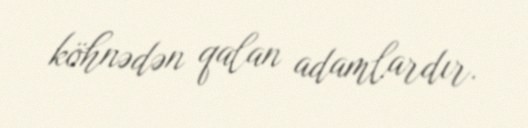
köhnədən qalan adamlardır.